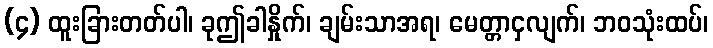
(၄) ထူးခြားတတ်ပါ၊ ခုဤခါနှိုက်၊ ချမ်းသာအရ၊ မေတ္တာငှလျက်၊ ဘဝသုံးထပ်၊